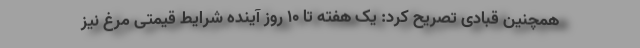
همچنین قبادی تصریح کرد: یک هفته تا ۱۰ روز آینده شرایط قیمتی مرغ نیز